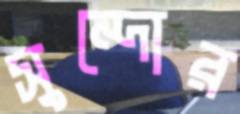
সুন্দোর